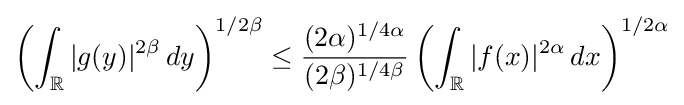
\left(\int _{\mathbb {R} }|g(y)|^{2\beta }\,dy\right)^{1/2\beta }\leq {\frac {(2\alpha )^{1/4\alpha }}{(2\beta )^{1/4\beta }}}\left(\int _{\mathbb {R} }|f(x)|^{2\alpha }\,dx\right)^{1/2\alpha }